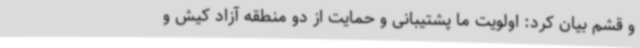
و قشم بیان کرد: اولویت ما پشتیبانی و حمایت از دو منطقه آزاد کیش و